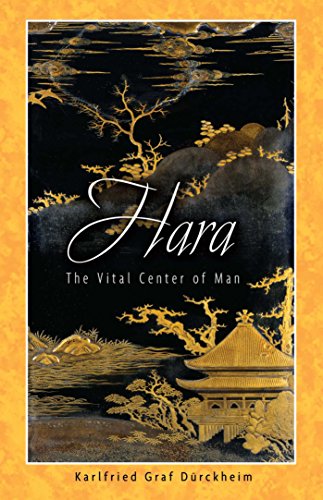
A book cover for Hara: The Vital Center of Man; Karlfried Graf DÃ¼rckheim; Religion & Spirituality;